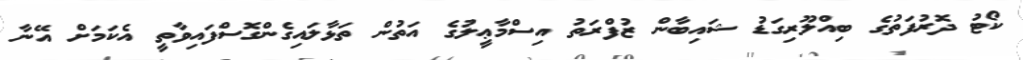
ކޯޓު ދޮރުފަތުގެ ބިއްލޫރިގަޑު ޝައިބާން ޒުފްރަތު އިސްމާޢީލުގެ އަތުން ތަޅާލައިގެންގޮސްފައިވާތީ އެކަމަށް އޭނާ